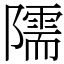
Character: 隭